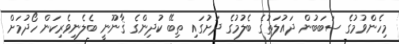
މިހެންވުމުގެ ސަބަބުން ދައުލަތުގެ ބެލުމުގެ ދަށުގައި ތިބޭ ކުދިންގެ ޤާނޫނީ ބެލެނިވެރިކަން ހޯދުމަށް